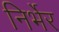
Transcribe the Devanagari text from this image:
निर्भेर